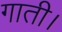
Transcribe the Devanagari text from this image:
गाती।